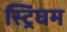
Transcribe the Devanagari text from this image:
स्ट्रिंघम